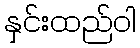
နှင်းထည်ဝါ